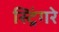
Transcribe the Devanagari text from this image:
स्ट्रिंगरे